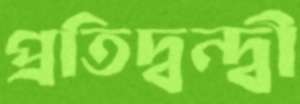
প্রতিদ্বন্দ্বী